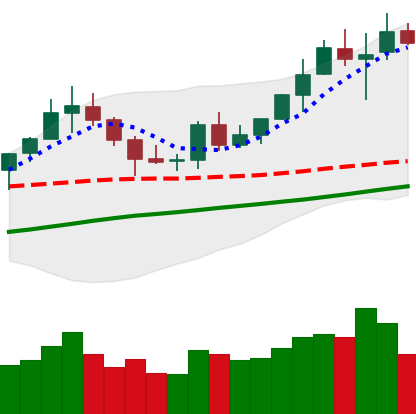
Ticker: BNB-USD
Chart end date: 2020-07-29
Forward return: 10.854%
Label: up_7plus